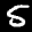
Label: 5